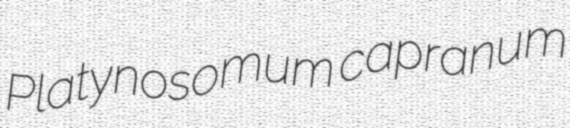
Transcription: Platynosomum capranum